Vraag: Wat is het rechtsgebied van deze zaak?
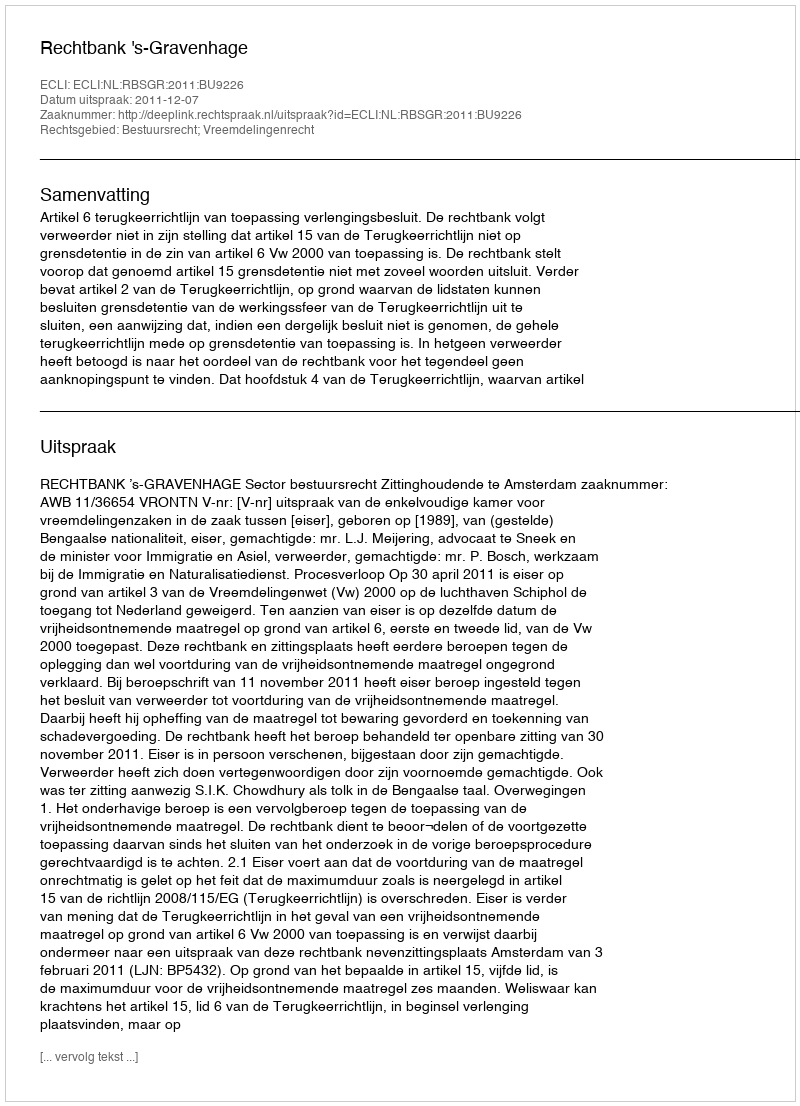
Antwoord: Bestuursrecht; Vreemdelingenrecht